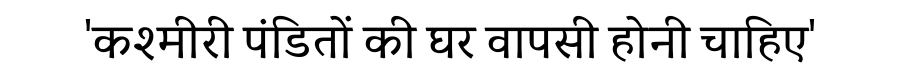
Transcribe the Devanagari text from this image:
'कश्मीरी पंडितों की घर वापसी होनी चाहिए'